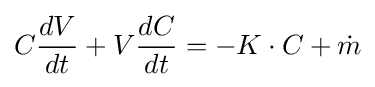
C{\frac {dV}{dt}}+V{\frac {dC}{dt}}=-K\cdot C+{\dot {m}}